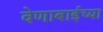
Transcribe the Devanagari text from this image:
वेणाबाईच्या